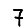
Digit: 7